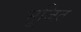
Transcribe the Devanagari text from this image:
भूर्जित